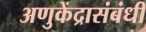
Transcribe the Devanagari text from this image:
अणुकेंद्रासंबंधी